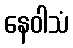
နေဝါသံ